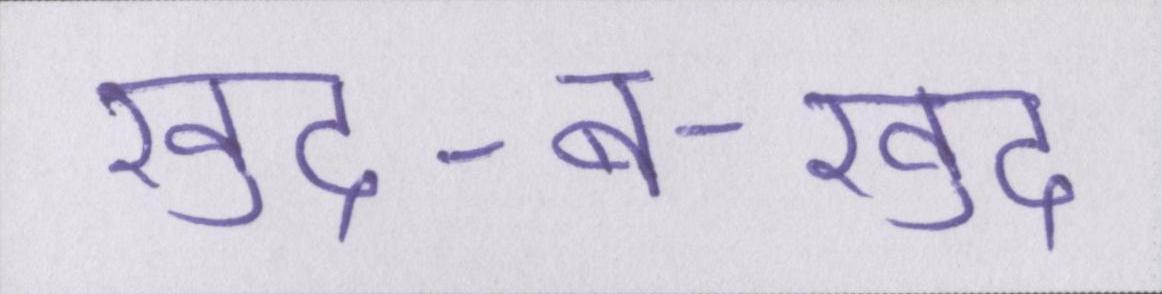
खुद-ब-खुद